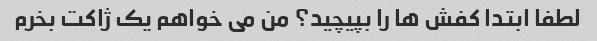
لطفا ابتدا کفش ها را بپیچید؟ من می خواهم یک ژاکت بخرم